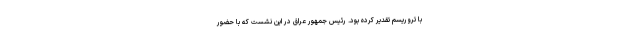
با تروریسم تقدیر کرده بود. رئیس جمهور عراق در این نشست که با حضور